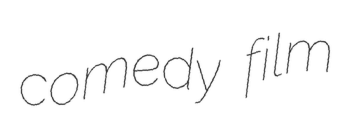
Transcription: comedy film